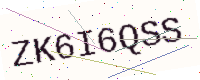
Text: ZK6I6QSS